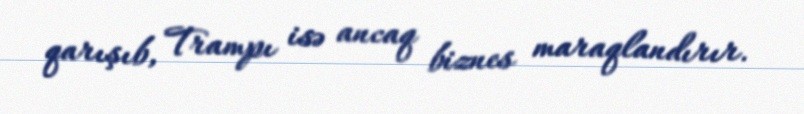
qarışıb, Trampı isə ancaq biznes maraqlandırır.